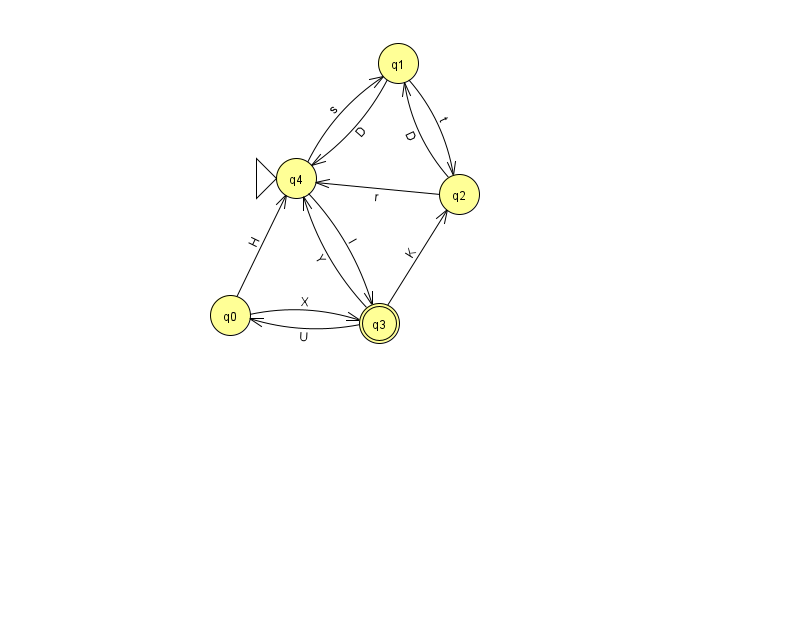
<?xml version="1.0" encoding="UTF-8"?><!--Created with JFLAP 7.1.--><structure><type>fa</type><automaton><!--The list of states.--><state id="0" name="q0"><x>230.0</x><y>302.0</y></state><state id="1" name="q1"><x>398.0</x><y>50.0</y></state><state id="2" name="q2"><x>459.0</x><y>181.0</y></state><state id="3" name="q3"><x>379.0</x><y>310.0</y><final/></state><state id="4" name="q4"><x>296.0</x><y>165.0</y><initial/></state><!--The list of transitions.--><transition><from>0</from><to>3</to><read>X</read></transition><transition><from>2</from><to>4</to><read>r</read></transition><transition><from>3</from><to>4</to><read>Y</read></transition><transition><from>4</from><to>1</to><read>s</read></transition><transition><from>4</from><to>3</to><read>I</read></transition><transition><from>3</from><to>2</to><read>K</read></transition><transition><from>1</from><to>4</to><read>D</read></transition><transition><from>1</from><to>2</to><read>t</read></transition><transition><from>2</from><to>1</to><read>D</read></transition><transition><from>0</from><to>4</to><read>H</read></transition><transition><from>3</from><to>0</to><read>U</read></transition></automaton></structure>